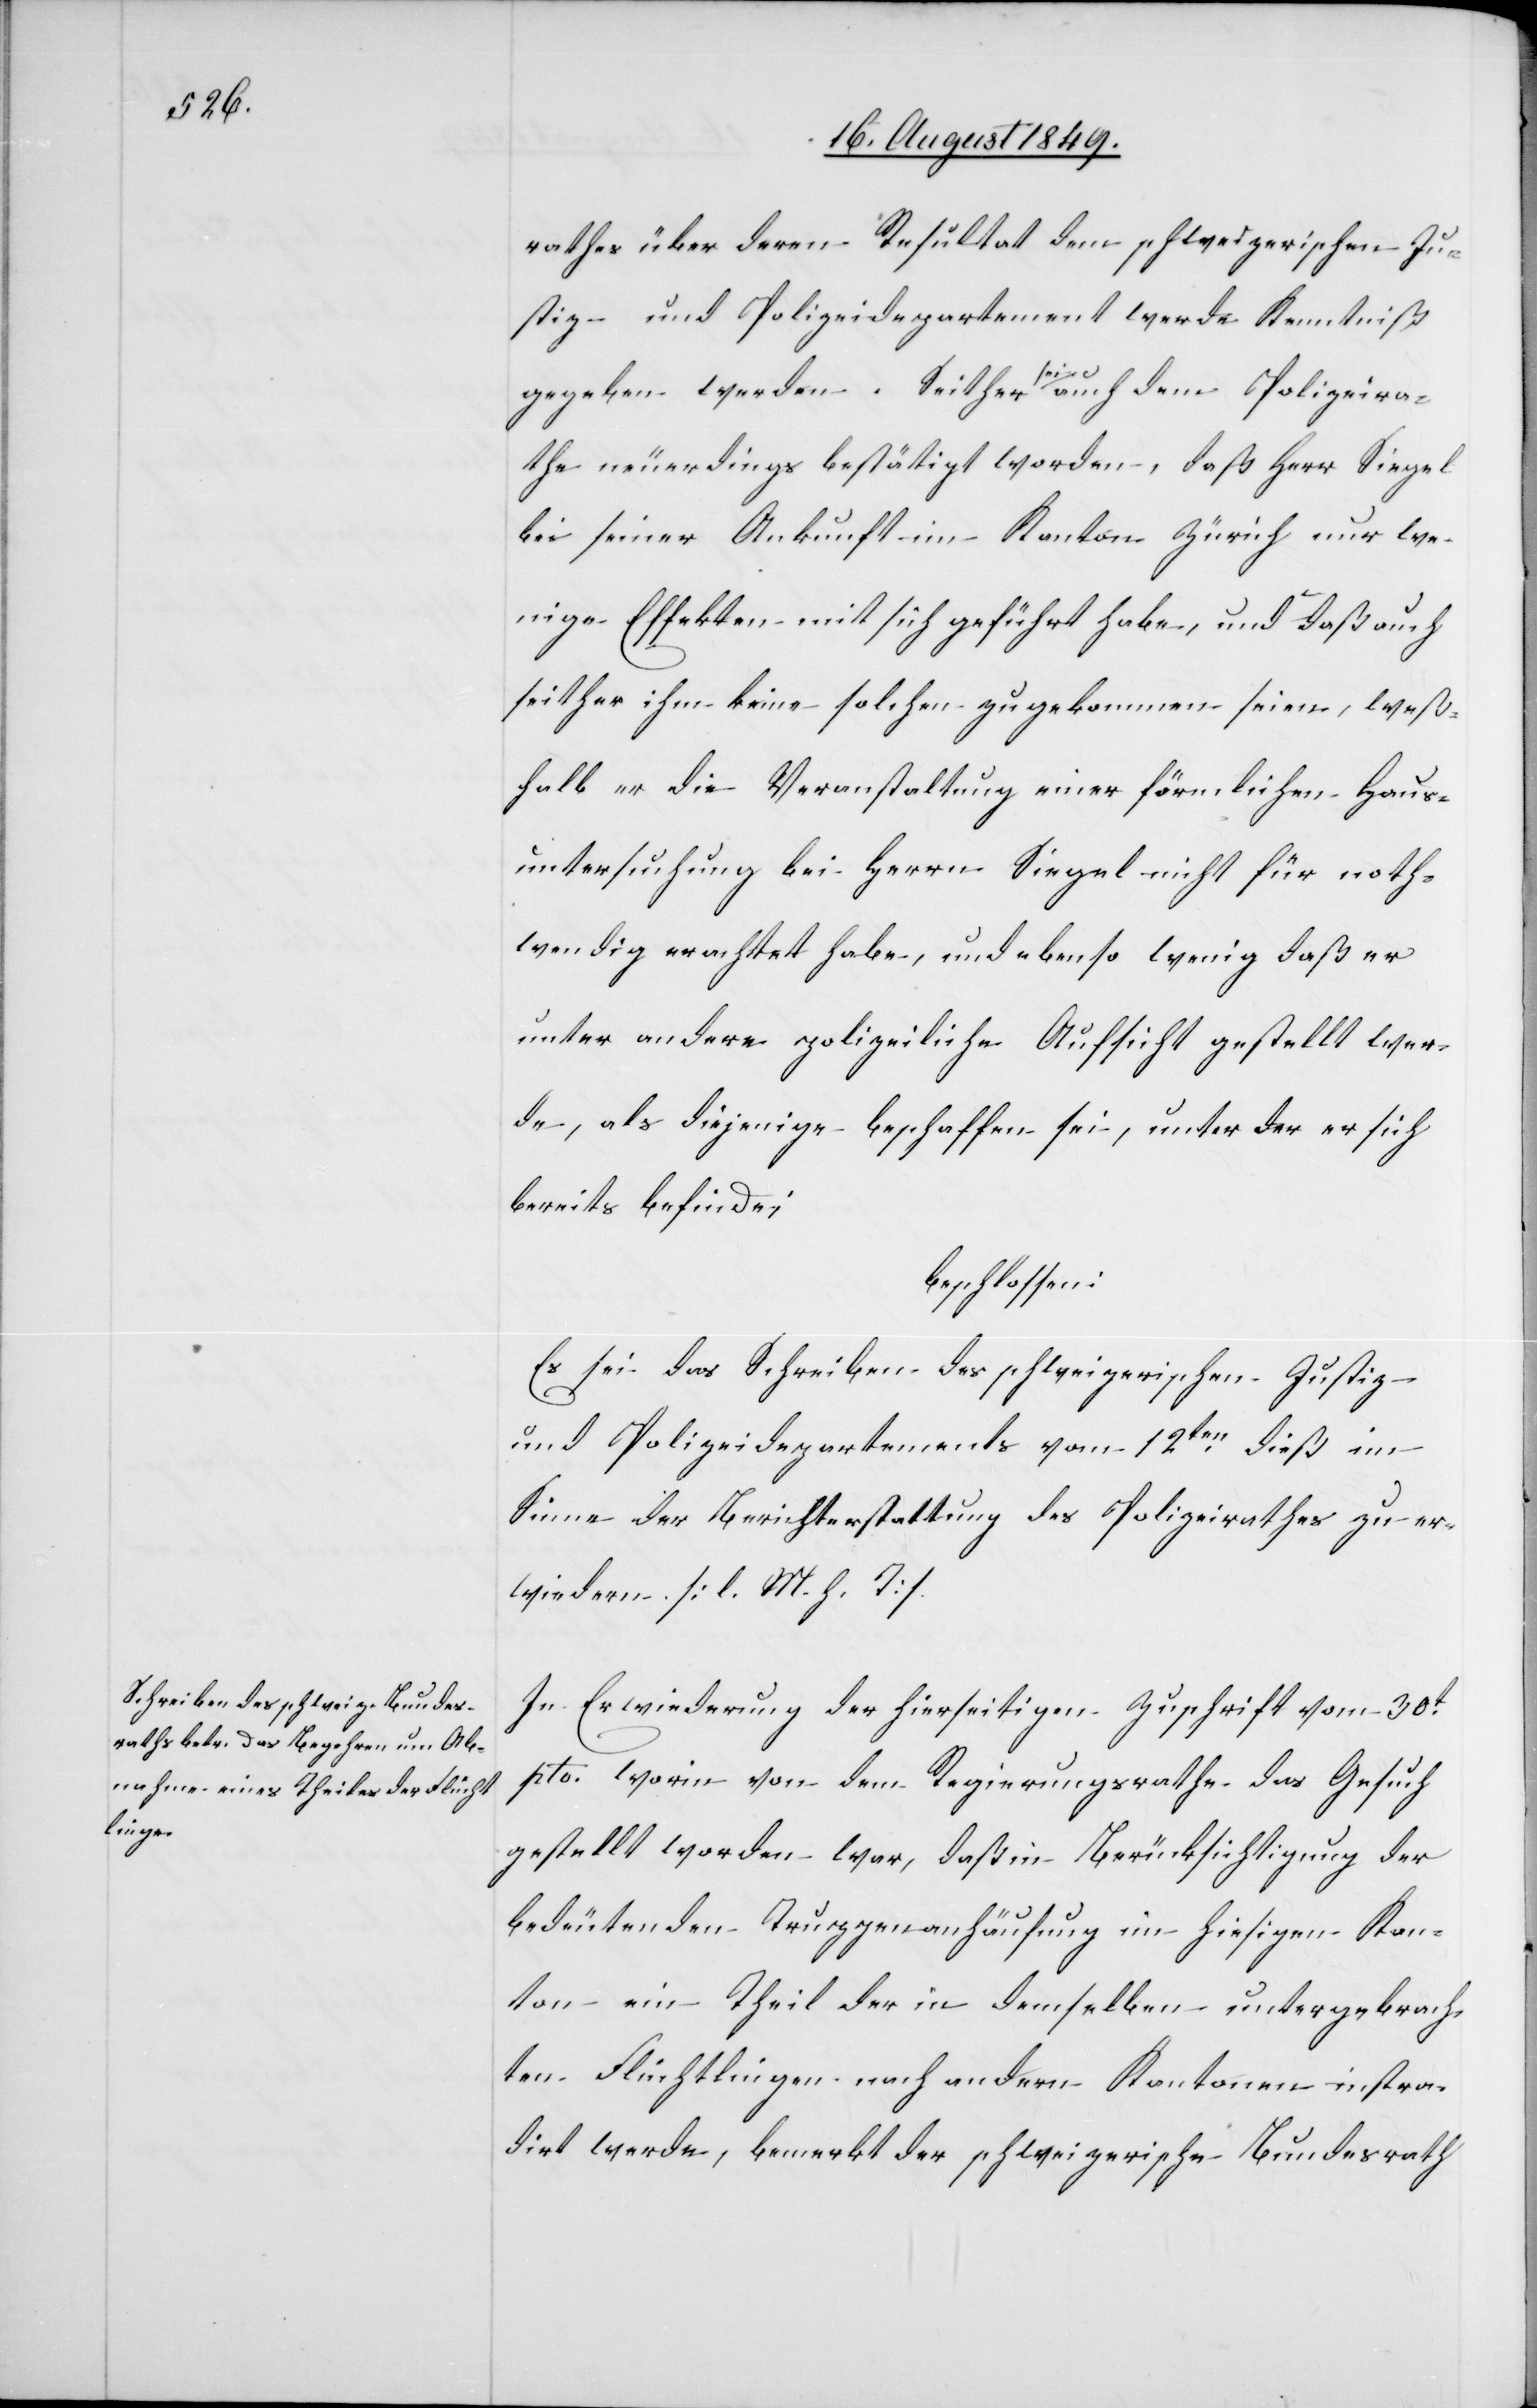
rathes über deren Resultat dem schweizerischen Ju¬
stiz- und Polizeidepartement werde Kenntniß
gegeben werden. Seither a-sei-a auch dem Polizeira¬
the neuerdings bestätigt worden, daß Herr Siegel
bei seiner Ankunft im Kanton Zürich nur we¬
nige Effekte mit sich geführt habe, und daß auch
seither ihm keine solchen zugekommen seien, weß¬
halb er die Veranstaltung einer förmlichen Haus¬
untersuchung bei Herrn Siegel nicht für noth¬
wendig erachtet habe, und ebenso wenig daß er
unter andere polizeiliche Aufsicht gestellt wer¬
de, als diejenige beschaffen sei, unter der er sich
bereits befinde;
beschlossen:
Es sei das Schreiben des schweizerischen Justiz-
und Polizeidepartements vom 12ten dieß im
Sinne der Berichterstattung des Polizeirathes zu er¬
wiedern. [l. M. h. T]
In Erwiederung der hierseitigen Zuschrift vom 30t
pto. worin von dem Regierungsrathe das Gesuch
gestellt worden war, daß in Berücksichtigung der
bedeutenden Truppenanhäufung im hiesigen Kan¬
ton ein Theil der in demselben untergebrach¬
ten Flüchtlingen nach andern Kantonen instra¬
dirt werde, bemerkt der schweizerische Bundesrath